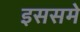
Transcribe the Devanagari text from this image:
इससमे